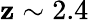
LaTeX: \mathbf{z}\sim2.4